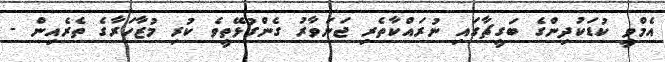
އެމްވީ ކުޑަކުދިންގެ ބަގީޗާގައި ނުރައްކާތެރި ޖަނަވާރު ގެންގުޅޭތީވެ ކުރި މުޒާހަރާގެ ތެރެއިން -